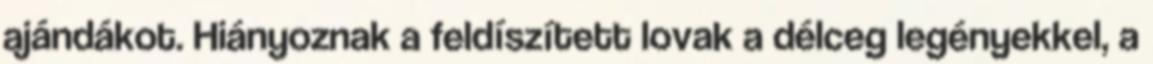
ajándákot. Hiányoznak a feldíszített lovak a délceg legényekkel, a